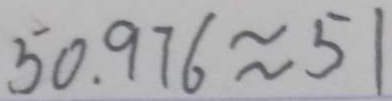
5 0 . 9 7 6 \approx 5 1